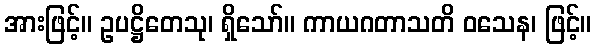
အားဖြင့်။ ဥပဋ္ဌိတေသု၊ ရှိသော်။ ကာယဂတာသတိ ဝသေန၊ ဖြင့်။